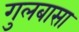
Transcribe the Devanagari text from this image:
गुलबासा